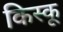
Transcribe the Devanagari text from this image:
किस्‍कू